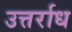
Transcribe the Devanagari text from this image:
उत्तर्राध